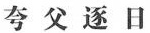
夸父逐日